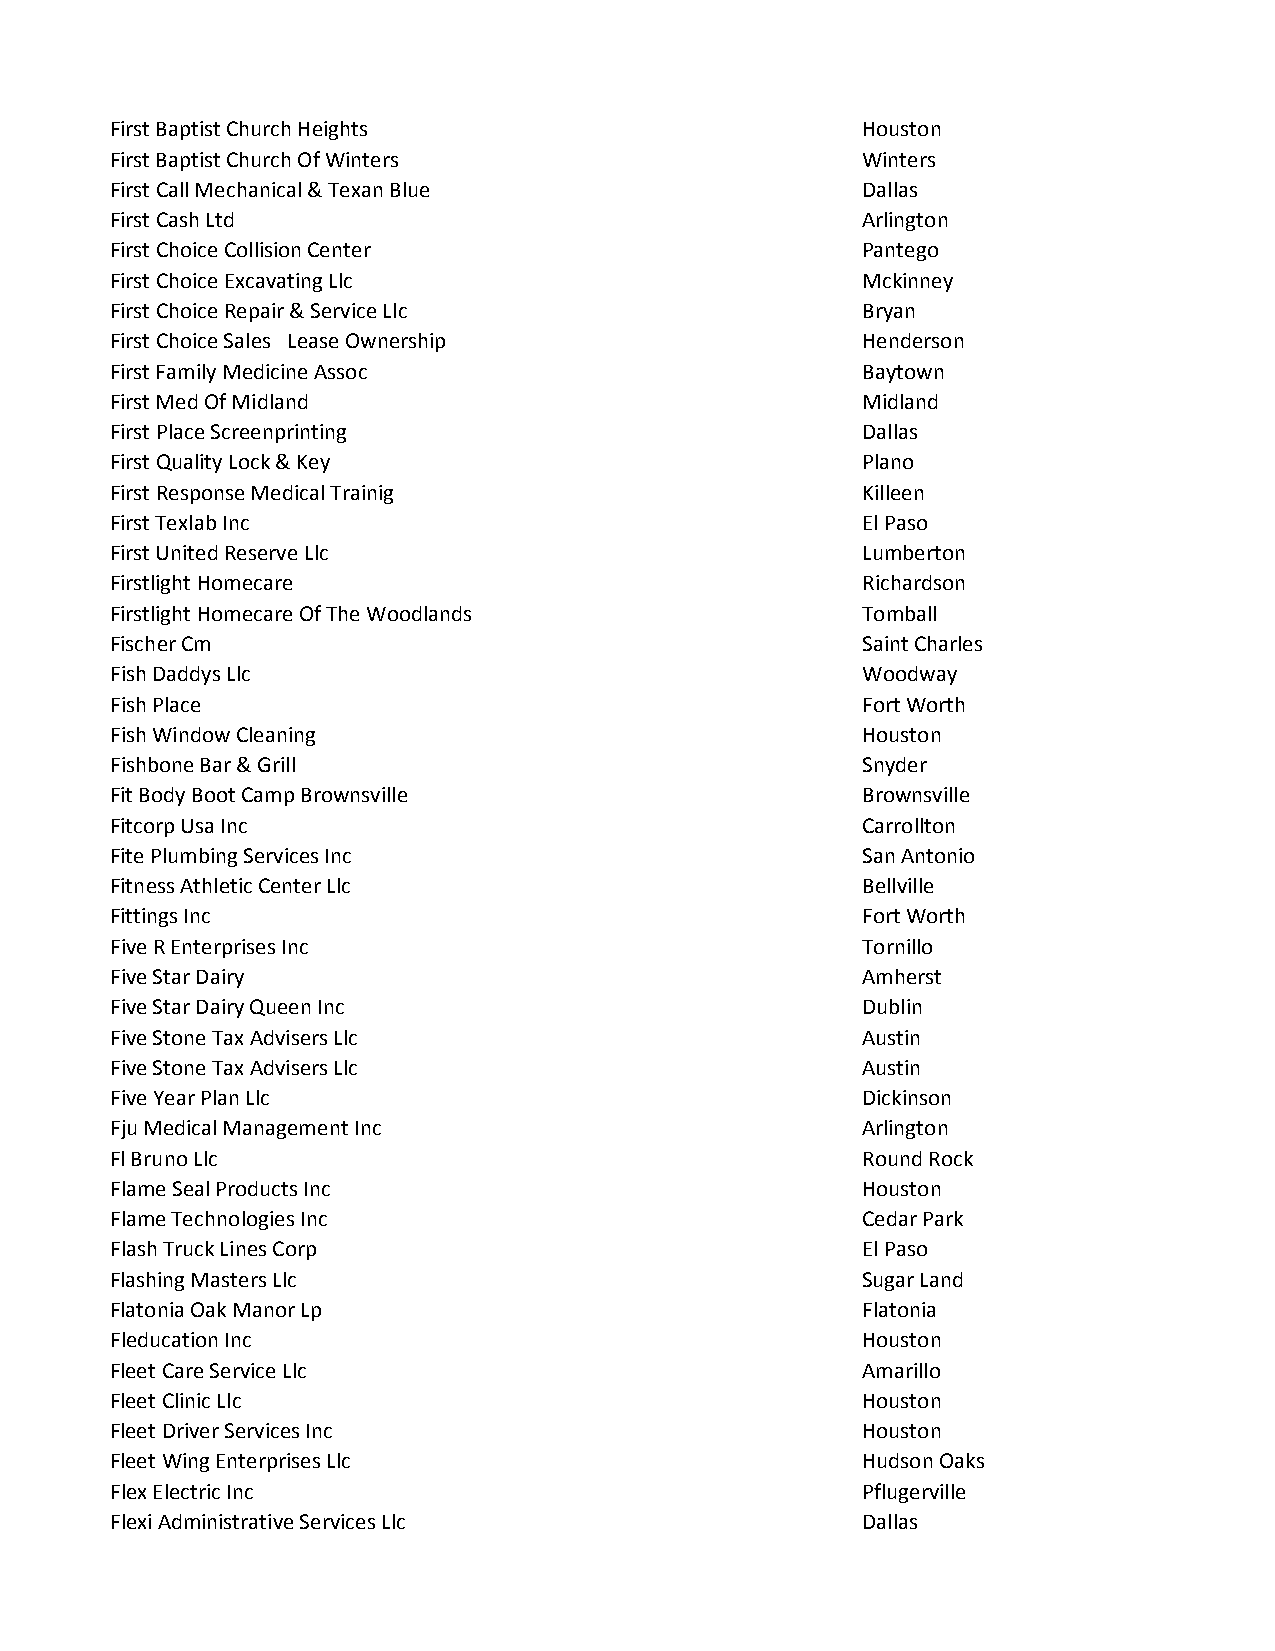
First Baptist Church Heights                      Houston
 First Baptist Church Of Winters                   Winters
 First Call Mechanical & Texan Blue                Dallas
 First Cash Ltd                                    Arlington
 First Choice Collision Center                     Pantego
 First Choice Excavating Llc                       Mckinney
 First Choice Repair & Service Llc                 Bryan
 First Choice Sales Lease Ownership                Henderson
 First Family Medicine Assoc                       Baytown
 First Med Of Midland                              Midland
 First Place Screenprinting                        Dallas
 First Quality Lock & Key                          Plano
 First Response Medical Trainig                    Killeen
 First Texlab Inc                                  El Paso
 First United Reserve Llc                          Lumberton
 Firstlight Homecare                               Richardson
 Firstlight Homecare Of The Woodlands              Tomball
 Fischer Cm                                        Saint Charles
 Fish Daddys Llc                                   Woodway
 Fish Place                                        Fort Worth
 Fish Window Cleaning                              Houston
 Fishbone Bar & Grill                              Snyder
 Fit Body Boot Camp Brownsville                    Brownsville
 Fitcorp Usa Inc                                   Carrollton
 Fite Plumbing Services Inc                        San Antonio
 Fitness Athletic Center Llc                       Bellville
 Fittings Inc                                      Fort Worth
 Five R Enterprises Inc                            Tornillo
 Five Star Dairy                                   Amherst
 Five Star Dairy Queen Inc                         Dublin
 Five Stone Tax Advisers Llc                       Austin
 Five Stone Tax Advisers Llc                       Austin
 Five Year Plan Llc                                Dickinson
 Fju Medical Management Inc                        Arlington
 Fl Bruno Llc                                      Round Rock
 Flame Seal Products Inc                           Houston
 Flame Technologies Inc                            Cedar Park
 Flash Truck Lines Corp                            El Paso
 Flashing Masters Llc                              Sugar Land
 Flatonia Oak Manor Lp                             Flatonia
 Fleducation Inc                                   Houston
 Fleet Care Service Llc                            Amarillo
 Fleet Clinic Llc                                  Houston
 Fleet Driver Services Inc                         Houston
 Fleet Wing Enterprises Llc                        Hudson Oaks
 Flex Electric Inc                                 Pflugerville
 Flexi Administrative Services Llc                 Dallas